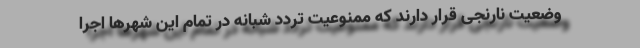
وضعیت نارنجی قرار دارند که ممنوعیت تردد شبانه در تمام این شهرها اجرا